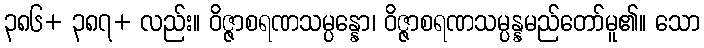
၃၈၆+ ၃၈၇+ လည်း။ ဝိဇ္ဇာစရဏသမ္ပန္နော၊ ဝိဇ္ဇာစရဏသမ္ပန္နမည်တော်မူ၏။ သော